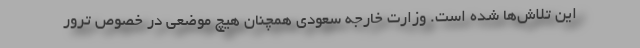
این تلاش‌ها شده است. وزارت خارجه سعودی همچنان هیچ موضعی در خصوص ترور